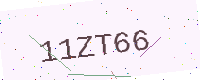
Text: 11ZT66